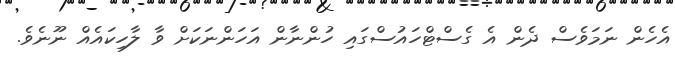
އެހެން ނަމަވެސް ދެން އެ ގެސްޓްހައުސްގައި ހުންނާން އަހަންނަކަށް ވާ ލާހިކައެއް ނޫނެވެ.